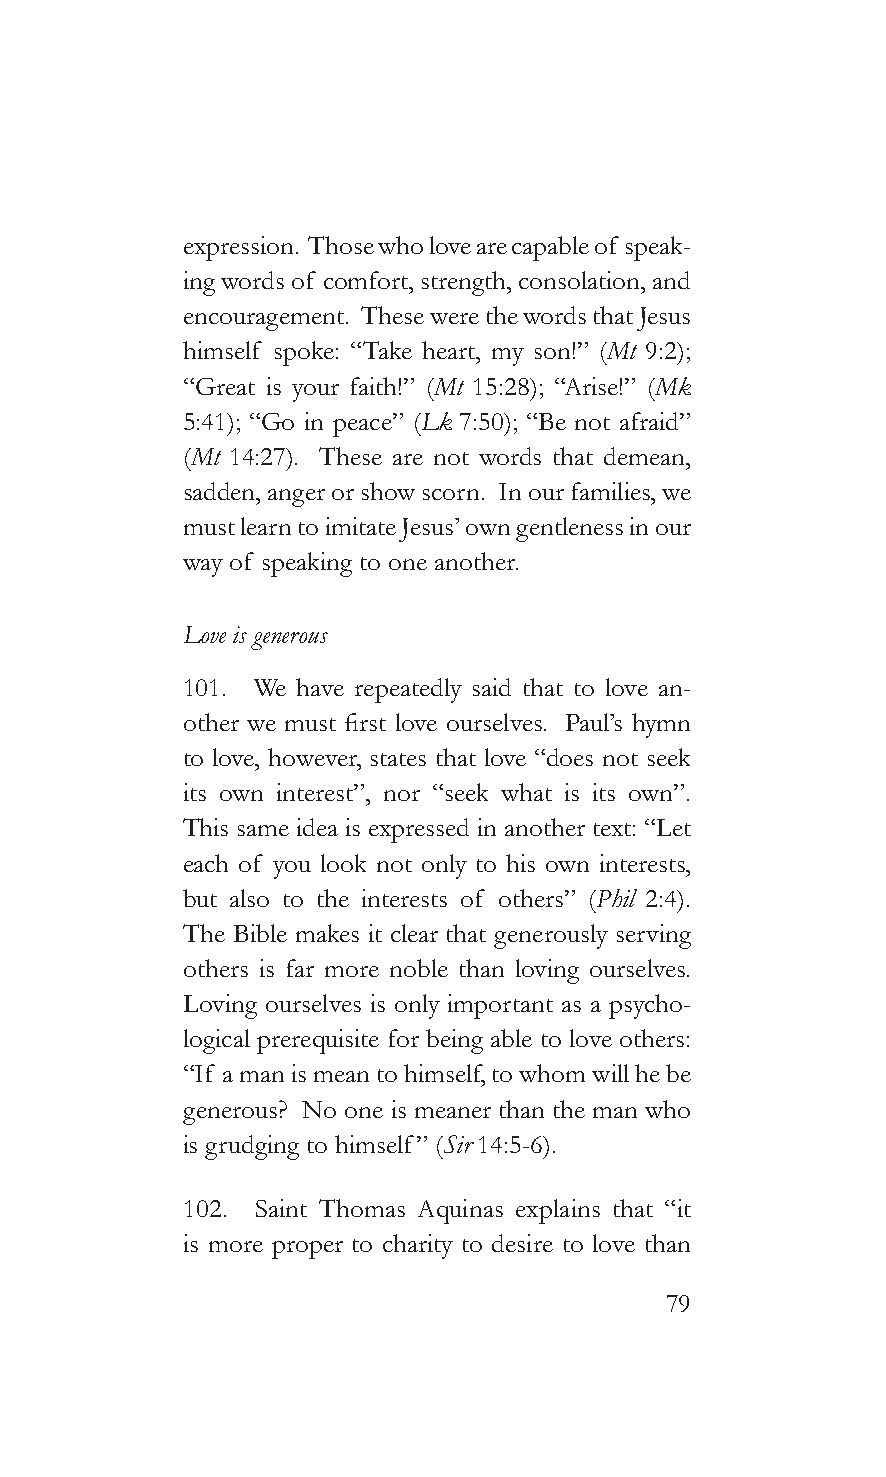
expression. Those who love are capable of speak-
 ing words of comfort, strength, consolation, and
 encouragement. These were the words that Jesus
 himself spoke: “Take heart, my son!” (Mt 9:2);
 “Great is your faith!” (Mt 15:28); “Arise!” (Mk
 5:41); “Go in peace” (Lk 7:50); “Be not afraid”
 (Mt 14:27). These are not words that demean,
 sadden, anger or show scorn. In our families, we
 must learn to imitate Jesus’ own gentleness in our
 way of speaking to one another.
 Love is generous
 101. We have repeatedly said that to love an-
 other we must first love ourselves. Paul’s hymn
 to love, however, states that love “does not seek
 its own interest”, nor “seek what is its own”.
 This same idea is expressed in another text: “Let
 each of you look not only to his own interests,
 but also to the interests of others” (Phil 2:4).
 The Bible makes it clear that generously serving
 others is far more noble than loving ourselves.
 Loving ourselves is only important as a psycho-
 logical prerequisite for being able to love others:
 “If a man is mean to himself, to whom will he be
 generous? No one is meaner than the man who
 is grudging to himself” (Sir 14:5-6).
 102. Saint Thomas Aquinas explains that “it
 is more proper to charity to desire to love than
 79